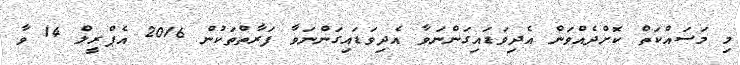
މި މަސައްކަތް ކޮށްދެއްވަން އެދިވަޑައިގަންނަވާ އެދިވަޑައިގަންނަވާ ފަރާތްތަކުން 2016 އެޕްރީލް 14 ވާ